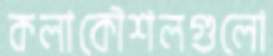
কলাকৌশলগুলো